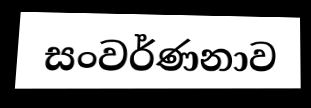
සංවර්ණනාව